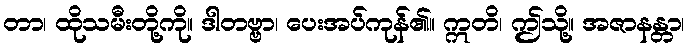
တာ၊ ထိုသမီးတို့ကို။ ဒါတဗ္ဗာ၊ ပေးအပ်ကုန်၏။ ဣတိ၊ ဤသို့။ အဇာနန္တာ၊